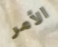
الأمر